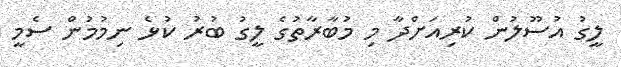
ލީގު އުސޫލުން ކުރިއަށްދާ މި މުބާރާތުގެ ލީގު ބުރު ކުޅެ ނިމުމުން ސެމީ